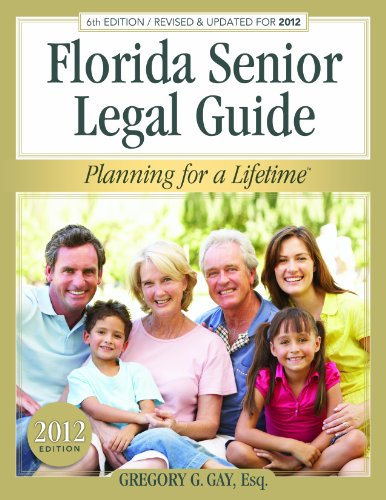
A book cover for Florida Senior Legal Guide - 6th Edition; Gregory G. Gay Esq.; Law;